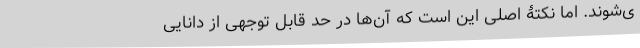
ی‌شوند. اما نکتۀ اصلی این است که آن‌ها در حد قابل توجهی از دانایی